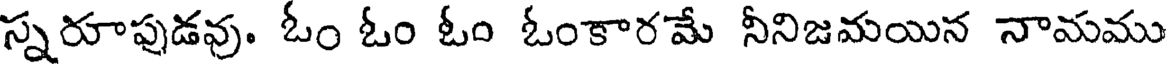
స్నరూపుడవు. ఓం ఓం ఓం ఓంకారమే నీనిజమయిన నామము